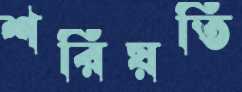
শরিয়তি